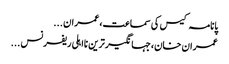
پانامہ کیس کی سماعت،عمران ...
عمران خان،جہانگیر ترین نااہلی ریفرنس ...